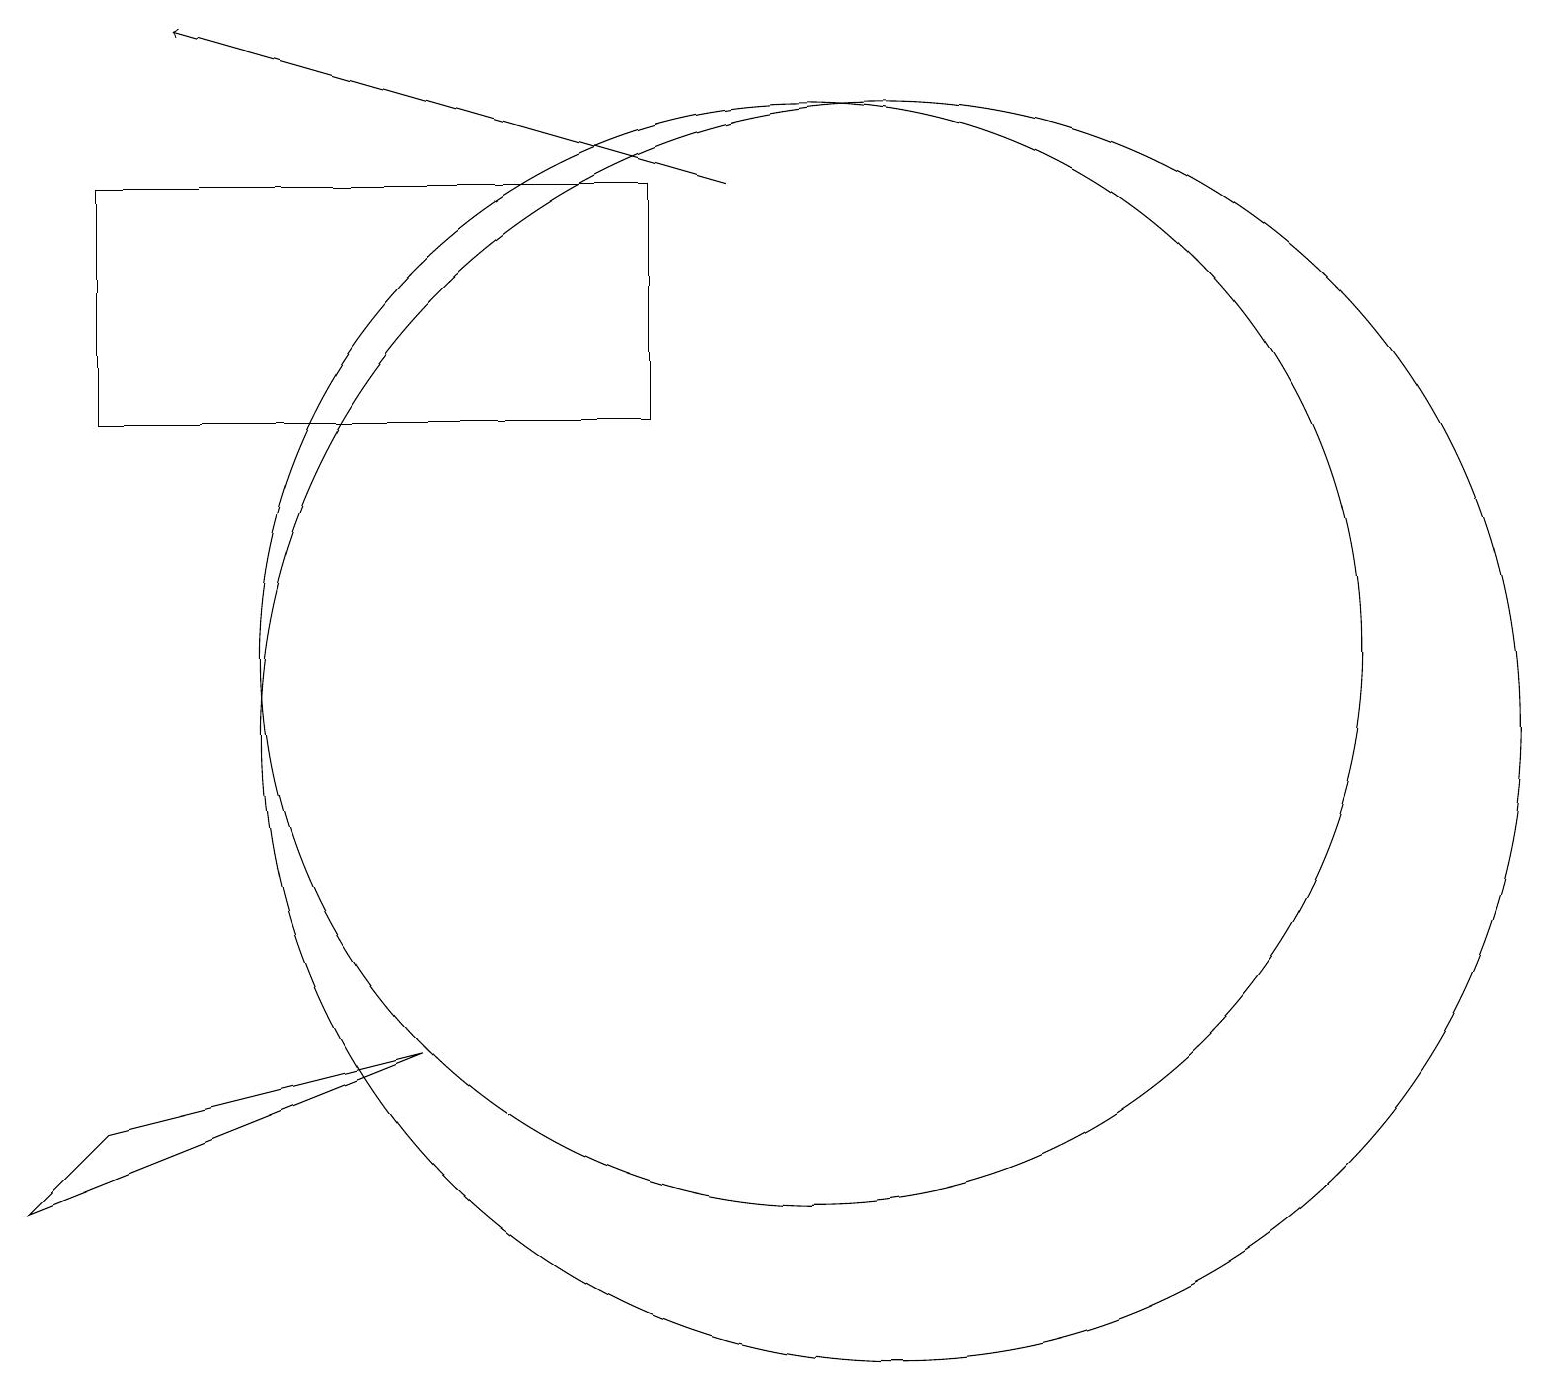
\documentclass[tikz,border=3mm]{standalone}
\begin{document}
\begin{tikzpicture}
\draw (10,10) circle (0);
\draw (5,6) -- (0,4) -- (1,5) -- cycle;
\draw (11,10) circle (8);
\draw (8,14) rectangle (1,17);
\draw (10,11) circle (7);
\draw[->] (9,17) -- (2,19);
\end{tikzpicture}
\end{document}